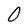
Character: O